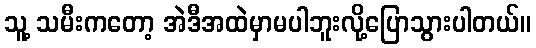
သူ့ သမီးကတော့ အဲဒီအထဲမှာမပါဘူးလို့ပြောသွားပါတယ်။